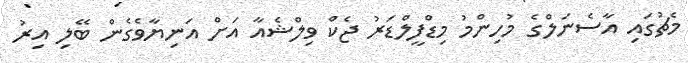
މެޗުގައި އާސެނަލްގެ މުހިންމު މިޑްފީލްޑަރު ޖެކް ވިލްޝެއާ އަށް އަނިޔާވެގެން ބޭލި އިރު